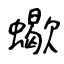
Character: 蠍